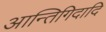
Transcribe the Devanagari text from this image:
आन्तिगिदादि